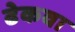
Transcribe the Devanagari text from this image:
ढेकवा